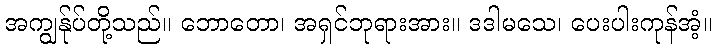
အကျွန်ုပ်တို့သည်။ ဘောတော၊ အရှင်ဘုရားအား။ ဒဒါမသေ၊ ပေးပါးကုန်အံ့။